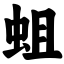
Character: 蛆